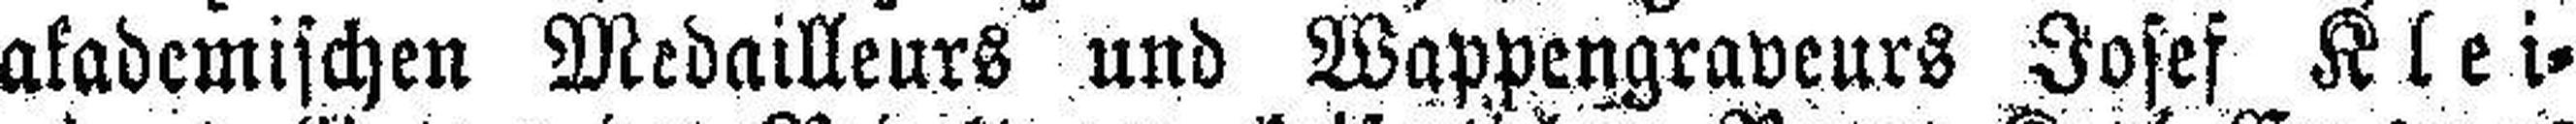
akademischen Medailleurs und Wappengraveurs Josef Klei¬